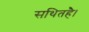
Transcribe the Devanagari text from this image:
सथितहै।